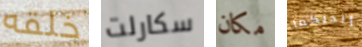
خلقه سكارلت مكان ألديكما